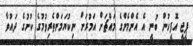
ޕީޖީ އޮފީހުން ބުނީ އެ އެންމެންގެ މައްޗަށް އަމުރަށް ނިކުޔަމަންތެރިވުމުގެ ކުށުގެ ދައުވާ